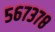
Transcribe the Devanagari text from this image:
५६७३७८